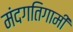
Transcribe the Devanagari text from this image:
मंदगतिगामी